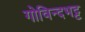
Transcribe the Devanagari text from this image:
गोविन्दभट्ट